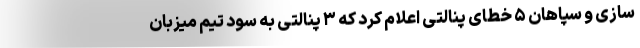
سازی و سپاهان ۵ خطای پنالتی اعلام کرد که ۳ پنالتی به سود تیم میزبان